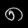
Digit: ၈